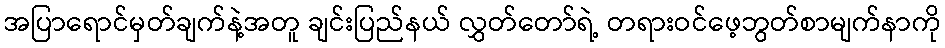
အပြာရောင်မှတ်ချက်နဲ့အတူ ချင်းပြည်နယ် လွှတ်တော်ရဲ့ တရားဝင်ဖေ့ဘွတ်စာမျက်နာကို